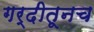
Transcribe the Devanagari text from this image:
गर्दीतूनच